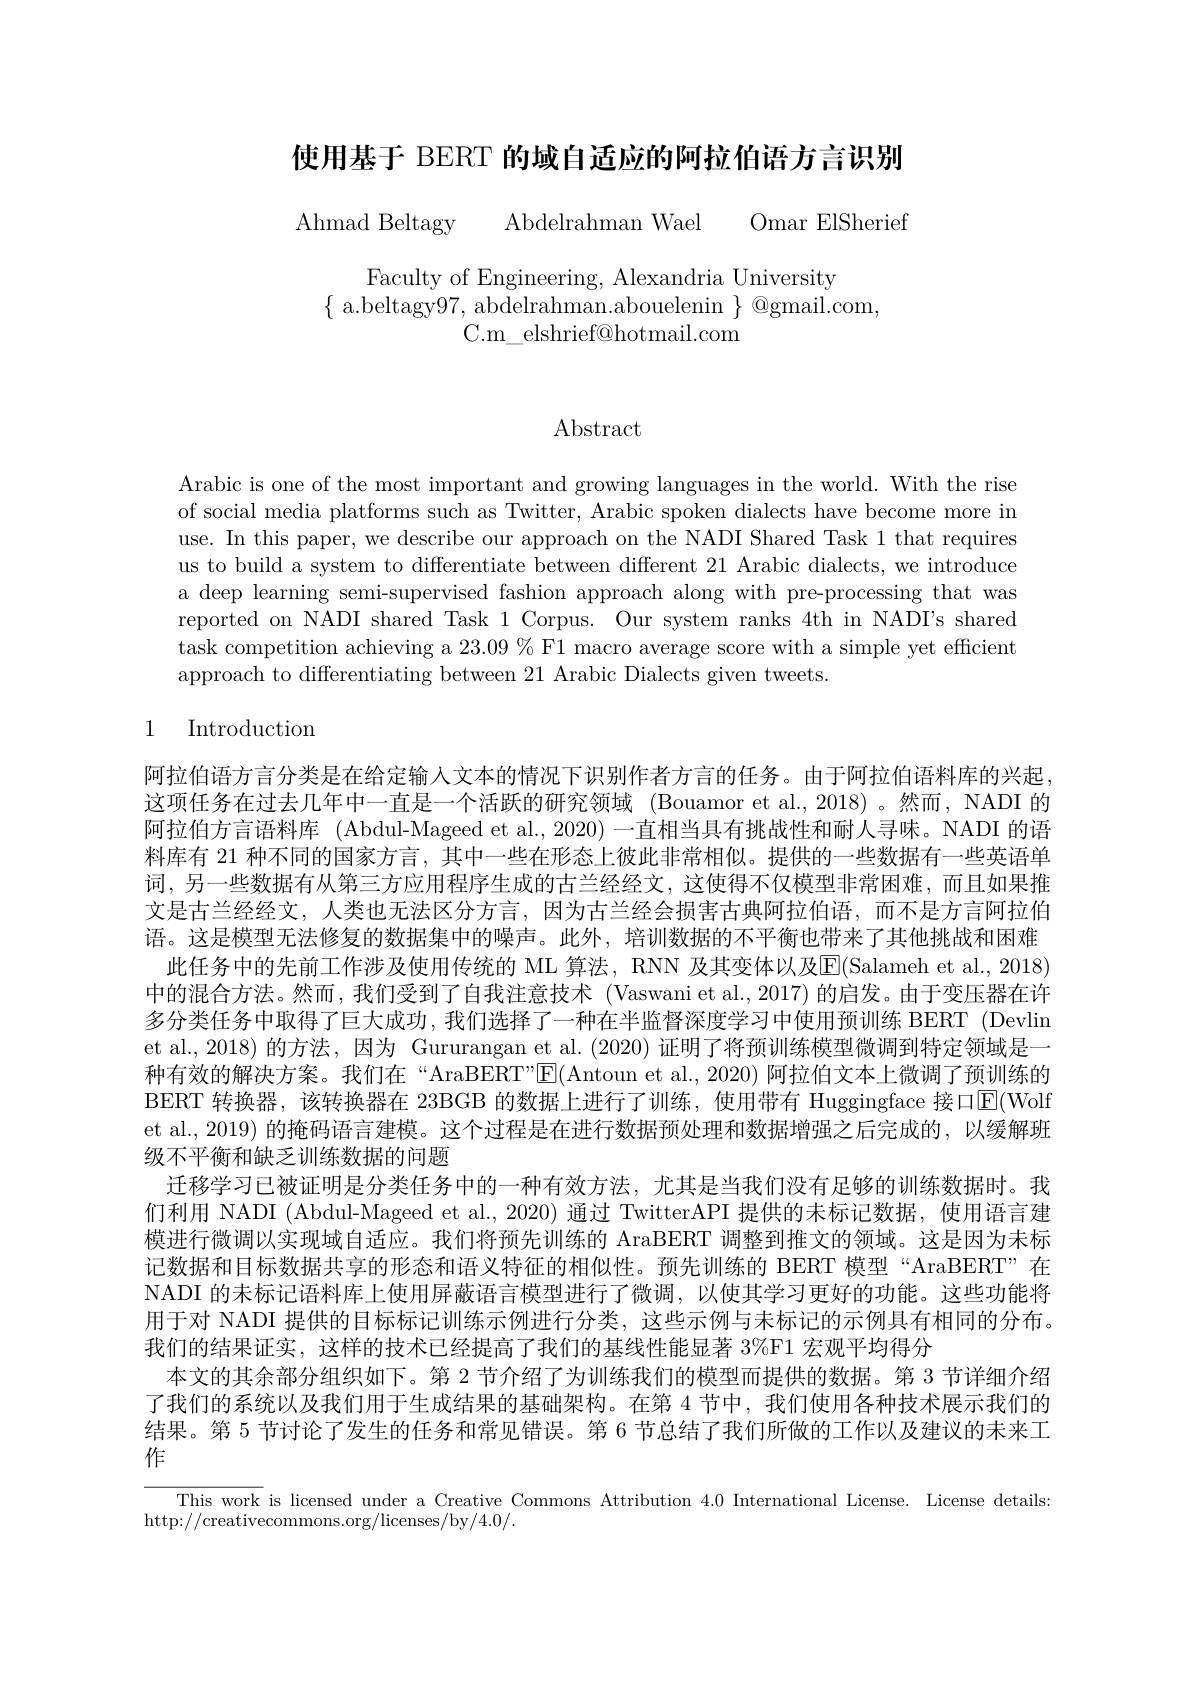
使用基于 BERT 的域自适应的阿拉伯语方言识别

Ahmad Beltagy Abdelrahman Wael Omar ElSherief

Faculty of Engineering, Alexandria University
$\{$ a.beltagy97,abdelrahman.abouelenin$\}$@gmail.com,
C.m\_elshrief@hotmail.com

$\operatorname{Abstract}$

Arabic is one of the most important and growing languages in the world. With the rise of social media platforms such as Twitter, Arabic spoken dialects have become more in use. In this paper, we describe our approach on the NADI Shared Task 1 that requires us to build a system to differentiate between different 21 Arabic dialects, we introduce a deep learning semi-supervised fashion approach along with pre-processing that was reported on NADI shared Task 1 Corpus. Our system ranks 4th in NADI's shared task competition achieving a $23.09\%$ F1 macro average score with a simple yet efficient approach to differentiating between 21 Arabic Dialects given tweets.

# 1 Introduction

阿拉伯语方言分类是在给定输人文本的情况下识别作者方言的任务。由于阿拉伯语料库的兴起这项任务在过去几年中一直是一个活跃的研究领域 (Bouamor et al.,2018)。然而，NADI 的阿拉伯方言语料库 (Abdul-Mageed et al., 2020) 一直相当具有挑战性和耐人寻味。NADI 的语料库有 21 种不同的国家方言，其中一些在形态上彼此非常相似。提供的一些数据有一些英语单词，另一些数据有从第三方应用程序生成的古兰经经文，这使得不仅模型非常困难，而且如果推文是古兰经经文，人类也无法区分方言，因为古兰经会损害古典阿拉伯语，而不是方言阿拉伯语。这是模型无法修复的数据集中的噪声。此外，培训数据的不平衡也带来了其他挑战和困难
此任务中的先前工作涉及使用传统的 ML 算法，RNN 及其变体以及$\overline{\mathrm{E}}($Salameh et al., 2018) 中的混合方法。然而，我们受到了自我注意技术 (Vaswani et al., 2017) 的启发。由于变压器在许多分类任务中取得了巨大成功，我们选择了一种在半监督深度学习中使用预训练 BERT (Devlin et al., 2018) 的方法，因为 Gururangan et al. (2020) 证明了将预训练模型微调到特定领域是一种有效的解决方案。我们在“AraBERT”E(Antoun et al., 2020) 阿拉伯文本上微调了预训练的BERT 转换器，该转换器在 23BGB 的数据上进行了训练，使用带有 Huggingface 接口$|\mathbb{E}($Wolf et al., 2019) 的掩码语言建模。这个过程是在进行数据预处理和数据增强之后完成的，以缓解班级不平衡和缺乏训练数据的问题
迁移学习已被证明是分类任务中的一种有效方法，尤其是当我们没有足够的训练数据时。我们利用 NADI (Abdul-Mageed et al., 2020) 通过 TwitterAPI 提供的未标记数据，使用语言建模进行微调以实现域自适应。我们将预先训练的 AraBERT 调整到推文的领域。这是因为未标记数据和目标数据共享的形态和语义特征的相似性。预先训练的 BERT 模型“AraBERT”在NADI 的未标记语料库上使用屏蔽语言模型进行了微调，以使其学习更好的功能。这些功能将用于对 NADI 提供的目标标记训练示例进行分类，这些示例与未标记的示例具有相同的分布。我们的结果证实，这样的技术已经提高了我们的基线性能显著 3%F1 宏观平均得分
本文的其余部分组织如下。第 2 节介绍了为训练我们的模型而提供的数据。第 3 节详细介绍了我们的系统以及我们用于生成结果的基础架构。在第 4 节中，我们使用各种技术展示我们的结果。第 5 节讨论了发生的任务和常见错误。第 6 节总结了我们所做的工作以及建议的未来工作

This work is licensed under a Creative Commons Attribution 4.0 International License. License details:
http://creativecommons.org/licenses/by/4.0/.